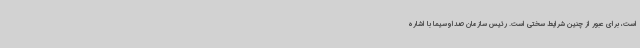
است، برای عبور از چنین شرایط سختی است. رئیس سازمان صداوسیما با اشاره